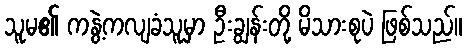
သူမ၏ ကနွဲ့ကလျခံသူမှာ ဦးချွန်းတို့ မိသားစုပဲ ဖြစ်သည်။